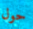
حول